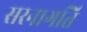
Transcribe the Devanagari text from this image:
सरनागति